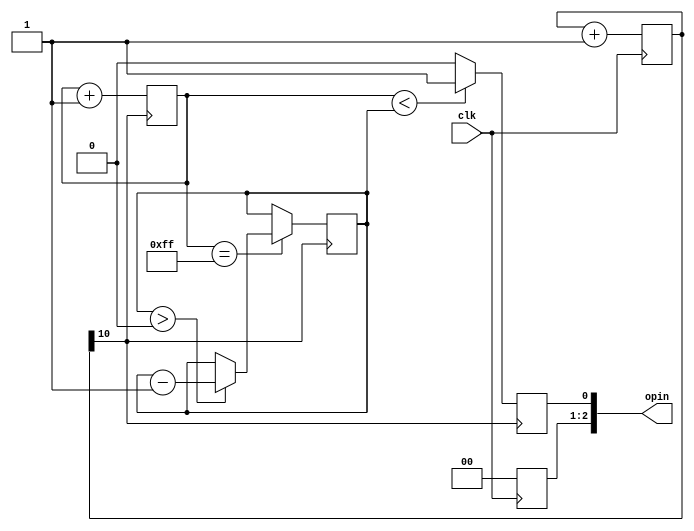
module LEDBrightnessControl(
    input clk,                  // Clock input
    output reg [2:0] opin       // Output pin, LED connected to opin[0]
);

// Parameters for PWM resolution and brightness control
parameter PWM_RESOLUTION = 8;   // 8-bit resolution for PWM
parameter MAX_BRIGHTNESS = 255; // Maximum brightness value
parameter MIN_BRIGHTNESS = 0;   // Minimum brightness value
parameter BRIGHTNESS_STEP = 1;  // Step size for brightness change

// Counter for PWM and brightness control
reg [PWM_RESOLUTION-1:0] pwm_counter = 0;
reg [PWM_RESOLUTION-1:0] brightness = MAX_BRIGHTNESS; // Start from max brightness

// Clock divider (optional, based on your clk frequency and desired PWM frequency)
reg [15:0] clk_divider = 0;
wire pwm_clk = clk_divider[10]; //(value for controlling brightness time, 
//larger value means more time takes to discharge) Adjust the index based on desired PWM frequency

always @(posedge clk) begin
    clk_divider <= clk_divider + 1;
end

always @(posedge pwm_clk) begin
    // PWM counter for generating PWM signal
    pwm_counter <= pwm_counter + 1;
    
    // Update brightness at the end of each PWM cycle
    if (pwm_counter == MAX_BRIGHTNESS) begin
        if (brightness > MIN_BRIGHTNESS) begin
            brightness <= brightness - BRIGHTNESS_STEP;
        end else begin
            // Optional: Reset brightness to MAX_BRIGHTNESS or keep it at MIN_BRIGHTNESS
            // brightness <= MAX_BRIGHTNESS; // Uncomment to loop brightness from high to low
        end
    end
    
    // Generate PWM signal based on current brightness level
    opin[0] <= (pwm_counter < brightness) ? 1'b1 : 1'b0;
end

// Set other bits of opin to 0 (if not used)
always @(posedge clk) begin
    opin[2:1] <= 2'b00;
end

endmodule